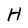
Character: H